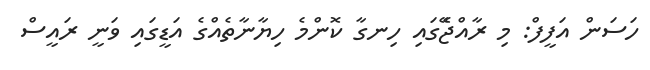
ހަސަން އަފީފް: މި ރާއްޖޭެގައި ހިނގާ ކޮންމެ ހިޔާނާތެއްގެ އަޑީގައި ވަނީ ރައީސް